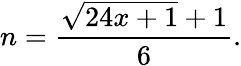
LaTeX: n={\frac{{\sqrt{24x+1}}+1}{6}}.